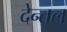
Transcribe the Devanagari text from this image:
देन्तल